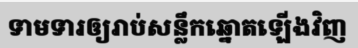
ទាមទារឲ្យរាប់សន្លឹកឆ្នោតឡើងវិញ